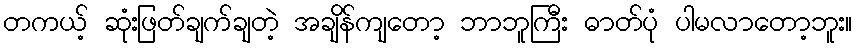
တကယ့် ဆုံးဖြတ်ချက်ချတဲ့ အချိန်ကျတော့ ဘာဘူကြီး ဓာတ်ပုံ ပါမလာတော့ဘူး။